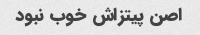
اصن پیتزاش خوب نبود